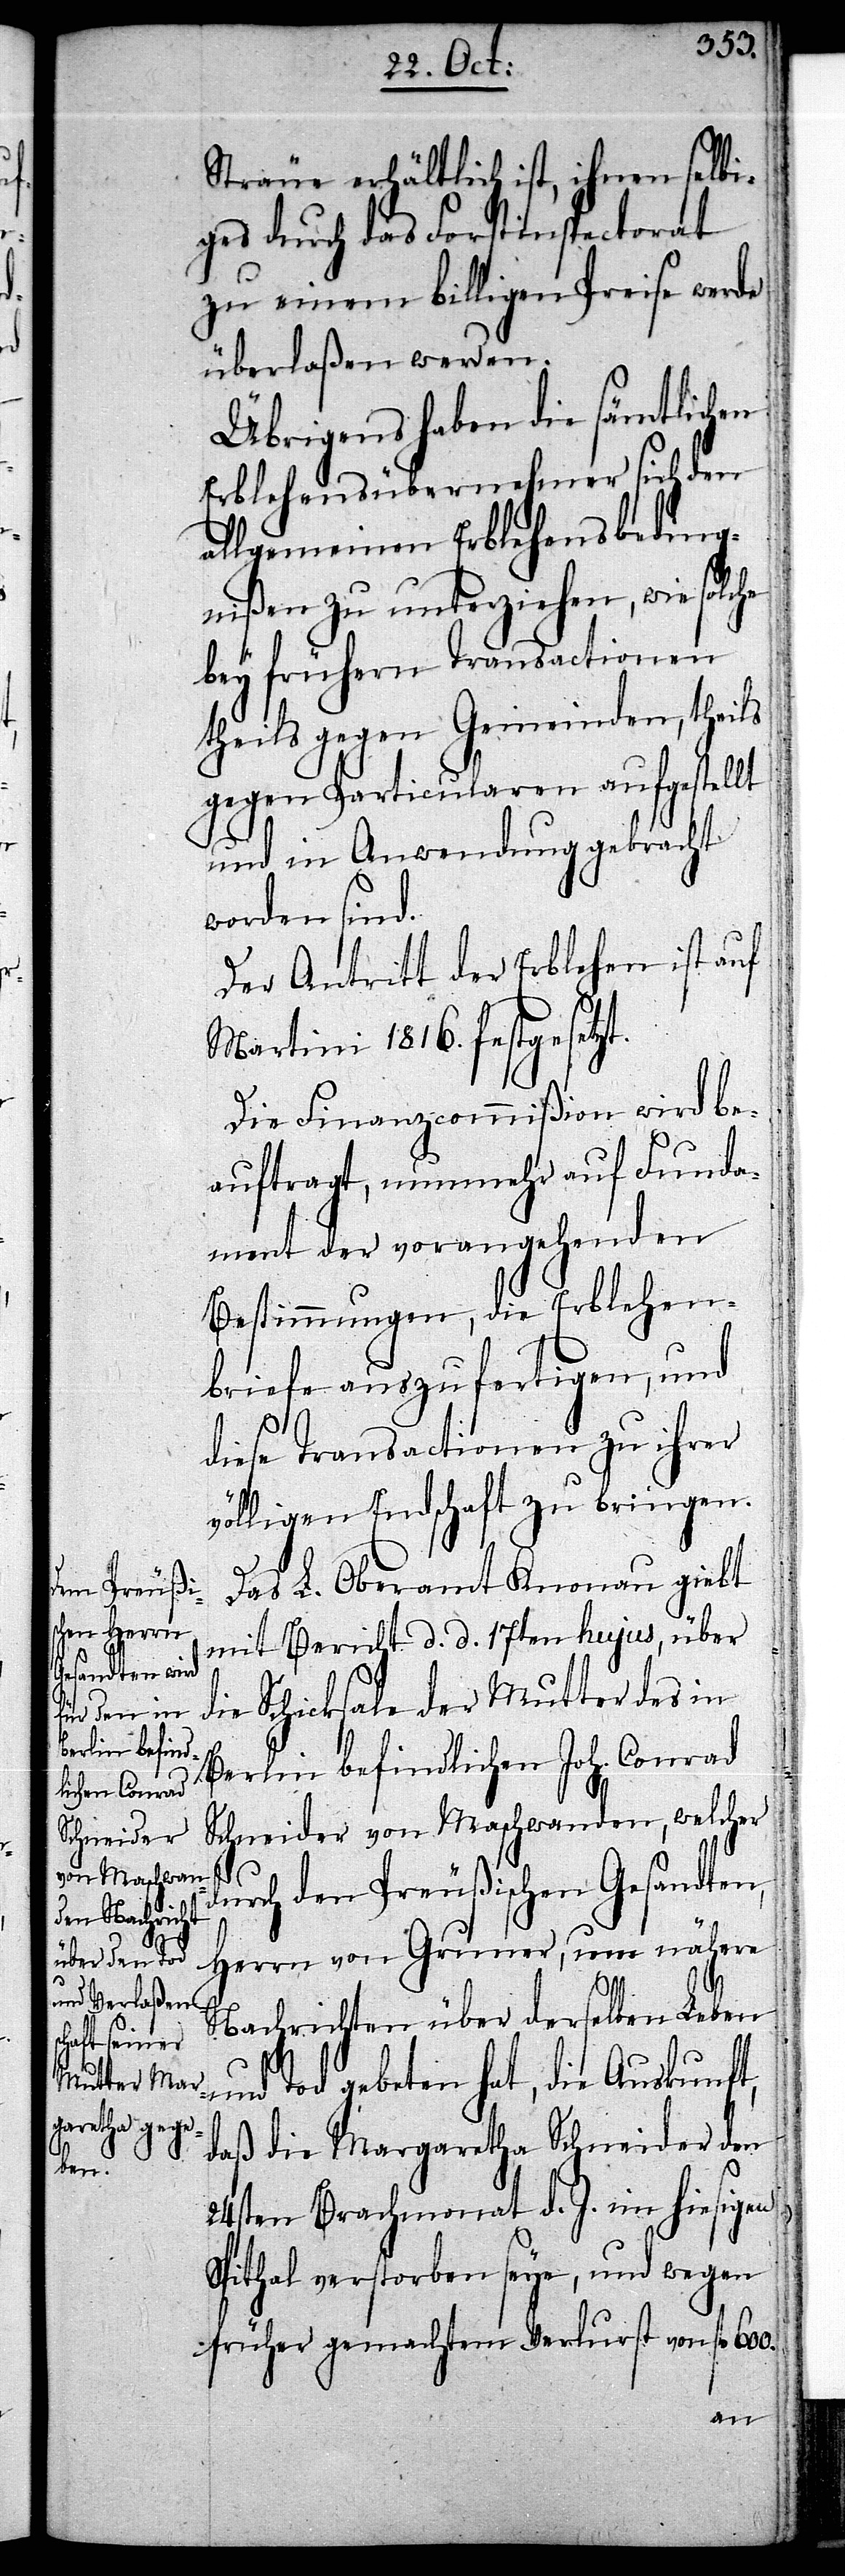
600.

Sträue erhältlich ist, ihnen selbi¬
ges durch das Forstinspectorat
zu einem billigen Preise werde
überlaßen werden.
Übrigens haben die sämtlichen
Erblehensübernehmer sich den
allgemeinen Erblehensbeding¬
nißen zu unterziehen, wie solche
bey frühern Transactionen
theils gegen Gemeinden, theils
gegen Particularen aufgestellt
und in Anwendung gebracht
worden sind.
Der Antritt der Erblehen ist auf
Martini 1816. festgesetzt.
Die Finanzcommißion wird be¬
auftragt, nunmehr auf Funda¬
ment der vorangehenden
Bestimmungen, die Erblehen¬
briefe auszufertigen, und
diese Transactionen zu ihrer
völligen Endschaft zu bringen.
Das L. Oberamt Knonau giebt
mit Bericht d. d. 17ten hujus, über
die Schicksale der Mutter des in
Berlin befindlichen Joh. Conrad
Schneider von Maschwanden, welcher
durch den Preußischen Gesandten,
Herrn von Gruner, um nähere
Nachrichten über derselben Leben
und Tod gebeten hat, die Auskunft,
daß die Margaretha Schneider den
24sten Brachmonat d. J. im hiesigen
Spithal verstorben seye, und wegen
früher gemachtem Verlurst von fl.